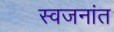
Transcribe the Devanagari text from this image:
स्वजनांत